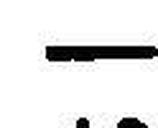
—